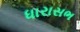
ધારાસભ